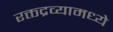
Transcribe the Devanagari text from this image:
रक्तद्रव्यामध्ये